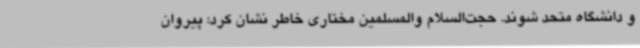
و دانشگاه متحد شوند. حجت‌السلام والمسلمین مختاری خاطر نشان کرد: پیروان